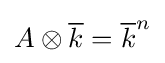
A\otimes {\overline {k}}={\overline {k}}^{n}